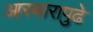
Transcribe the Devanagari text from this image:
आरमारापुढे